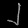
Digit: ၂